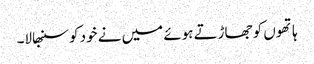
ہاتھوں کو جھاڑتے ہوئے میں نے خود کو سنبھالا۔